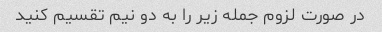
در صورت لزوم جمله زیر را به دو نیم تقسیم کنید